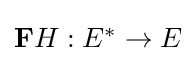
{\textstyle \mathbf {F} H:E^{*}\to E}